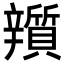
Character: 𨐿